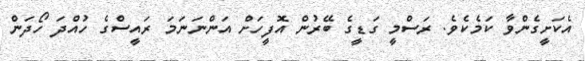
އެކަށީގެންވާ ކަމެކެވެ. ރަސްމީ ގަޑީގެ ބޭރުން އޮފީހަށް އަންނަނަމަ ރައީސްގެ ހުއްދަ ހޯދަން